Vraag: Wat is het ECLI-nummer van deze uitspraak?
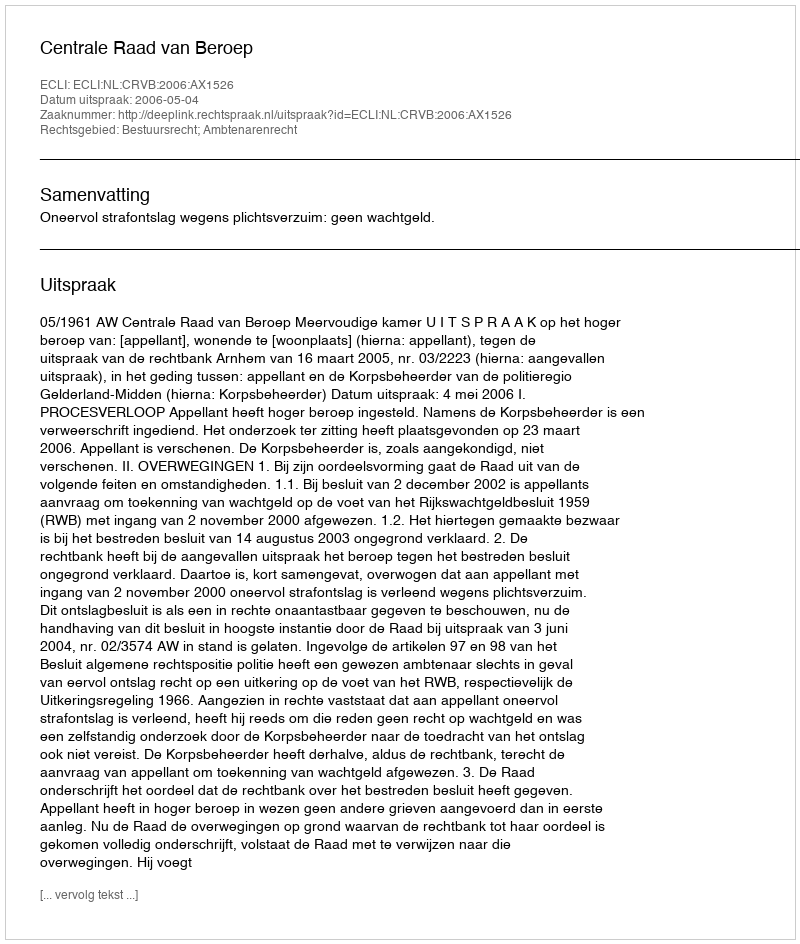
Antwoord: ECLI:NL:CRVB:2006:AX1526